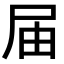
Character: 届